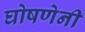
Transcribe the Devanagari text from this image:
घोषणेनी